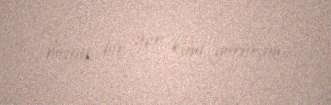
böyük bir yer kimi görürəm.